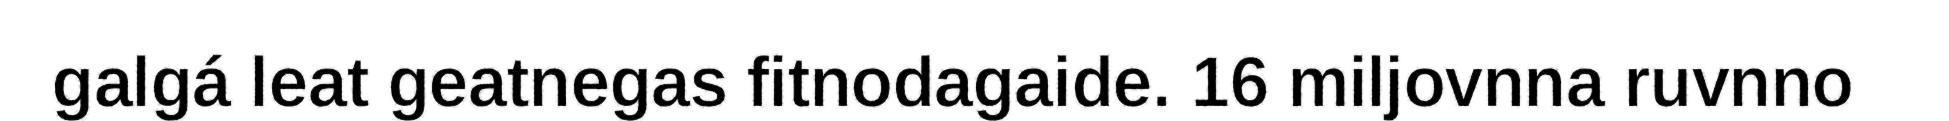
galgá leat geatnegas fitnodagaide. 16 miljovnna ruvnno